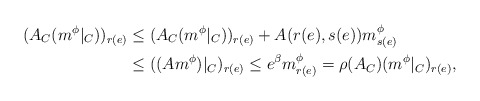
\begin{align*}(A_C(m^\phi|_C))_{r(e)}&\leq (A_C(m^\phi|_C))_{r(e)}+A(r(e),s(e))m^\phi_{s(e)}\\&\leq((Am^\phi)|_C)_{r(e)}\leq e^\beta m^\phi_{r(e)}=\rho(A_C)(m^\phi|_C)_{r(e)},\end{align*}